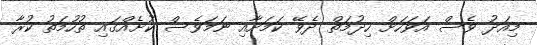
މިއަދު ވެސް އަވަހަށް ހިދުމަތް ދެވޭ ކަމަށާއި ނަމަވެސް ކުށެއްގައި ތުހުމަތު ކުރާ